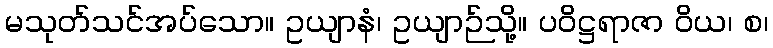
မသုတ်သင်အပ်သော။ ဥယျာနံ၊ ဥယျာဉ်သို့။ ပဝိဋ္ဌရာဇာ ဝိယ၊ စ၊